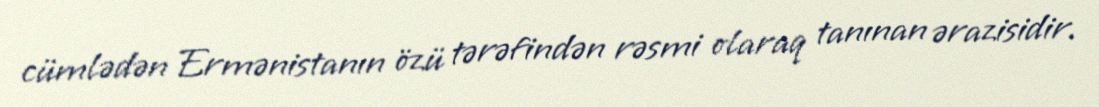
cümlədən Ermənistanın özü tərəfindən rəsmi olaraq tanınan ərazisidir.